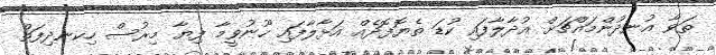
ތަވާ އުނދުންމައްޗަށް އުދާލާފައި ކުޑަ ތެޔޮފޮދެއް އަޅާލާފައި ހޫނުޥީމާ ފިޔާ މިރުސް ހިކނދިފަތް